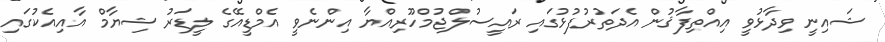
ޝައިނީ ވިދާޅުވީ އިއްތިފާޤުން އެދަތުރުފުޅުގައި ރައީސުލްޖުމްހޫރިއްޔާ އިންނެވީ އެމްޑީއޭގެ ލީޑަރު ޝިޔާމް އާއިއެކުގައި